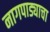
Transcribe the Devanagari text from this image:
नागपाड्याचा